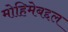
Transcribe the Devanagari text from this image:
मोहिमेबद्दल